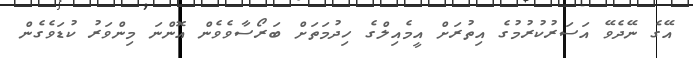
އޭގެ ނޭދެވޭ އަސަރުކުރުމުގެ އިތުރަށް އީމެއިލްގެ ހިދުމަތަށް ބަރޯސާވެވެން އޮންނަ މިންވަރު ކުޑަވެގެން